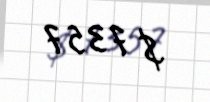
$ 7357